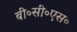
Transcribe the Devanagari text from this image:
बी॰सी॰एस॰